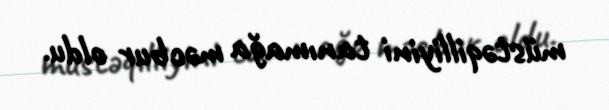
müstəqilliyini tanımağa məcbur oldu.